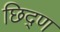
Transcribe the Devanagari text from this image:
छिद्ण